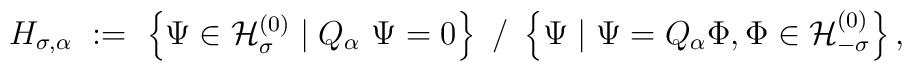
H_{\sigma,\alpha} \ :=\ \left\{ \Psi \in {\mathcal H}_\sigma^{(0)}  \bigm| Q_\alpha \ \Psi=0\right\} \ \big/ \ \left\{ \Psi \mid \Psi =  Q_\alpha \Phi, \Phi \in {\mathcal H}_{-\sigma}^{(0)} \right\} ,